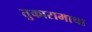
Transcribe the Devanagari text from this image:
तुकारामाचा